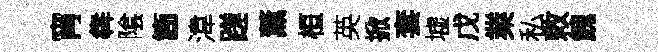
宵犇隂箇湋蹉薰桓英掀套墟戊業私敕餽